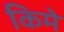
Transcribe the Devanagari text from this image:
किमे